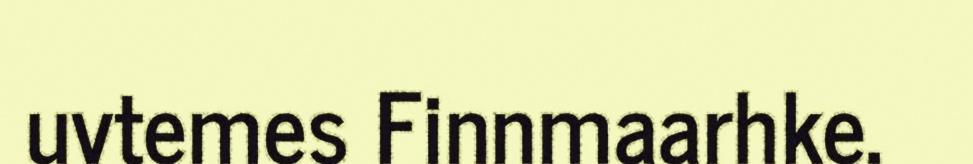
uvtemes Finnmaarhke.